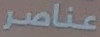
عناصر